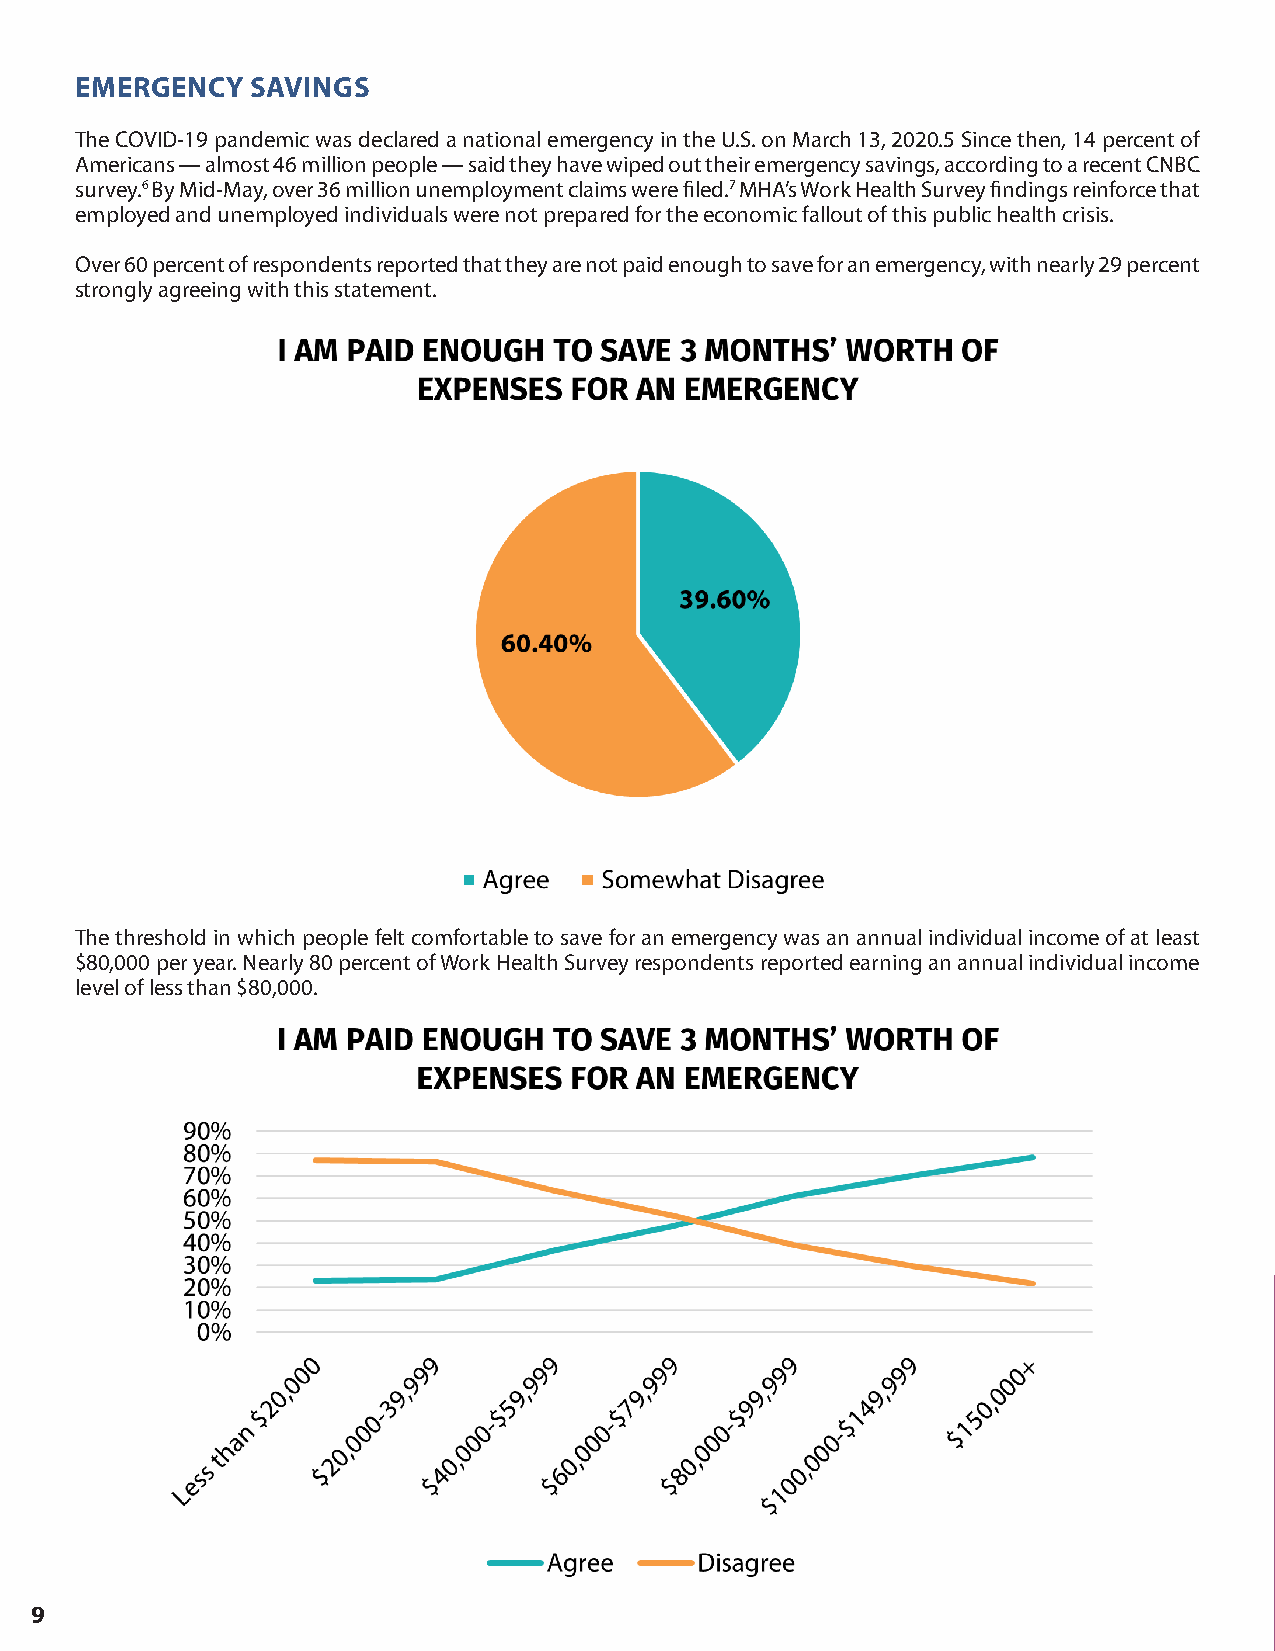
EMERGENCY   SAVINGS
 The COVID-19 pandemic was declared a national emergency in the U.S. on March 13, 2020.5 Since then, 14 percent of
 Americans — almost 46 million people — said they have wiped out their emergency savings, according to a recent CNBC
 survey.6 By Mid-May, over 36 million unemployment claims were filed.7 MHA’s Work Health Survey findings reinforce that
 employed and unemployed individuals were not prepared for the economic fallout of this public health crisis.
 Over 60 percent of respondents reported that they are not paid enough to save for an emergency, with nearly 29 percent
 strongly agreeing with this statement.
 The threshold in which people felt comfortable to save for an emergency was an annual individual income of at least
 $80,000 per year. Nearly 80 percent of Work Health Survey respondents reported earning an annual individual income
 level of less than $80,000.
 9